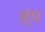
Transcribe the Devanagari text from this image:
स्ंघ